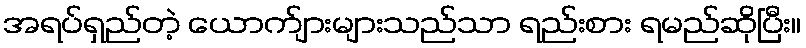
အရပ်ရှည်တဲ့ ယောက်ျားများသည်သာ ရည်းစား ရမည်ဆိုပြီး။